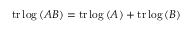
\operatorname { t r } { \log { ( A B ) } } = \operatorname { t r } { \log { ( A ) } } + \operatorname { t r } { \log { ( B ) } }